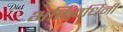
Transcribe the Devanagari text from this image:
भक्तिवर्धिनी